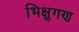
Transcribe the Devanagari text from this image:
भिक्षुगण